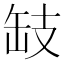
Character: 𢻂